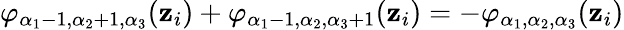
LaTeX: \varphi_{\alpha_{1}-1,\alpha_{2}+1,\alpha_{3}}(\mathbf{z}_{i})+\varphi_{\alpha_{1}-1,\alpha_{2},\alpha_{3}+1}(\mathbf{z}_{i})=-\varphi_{\alpha_{1},\alpha_{2},\alpha_{3}}(\mathbf{z}_{i})